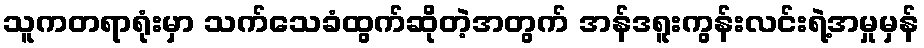
သူကတရာရုံးမှာ သက်သေခံထွက်ဆိုတဲ့အတွက် အန်ဒရူးကွန်းလင်းရဲ့အမှုမှန်